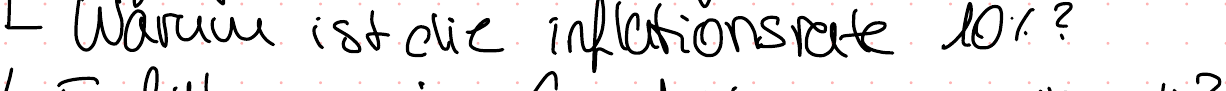
Warum ist die inflationsrate 10%?